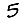
Digit: 5